Reports on military cantonments and civil stations in the Presidency of Bombay inspected by the Sanitary Commissioner in the years 1875 and 1876
Year: 1875
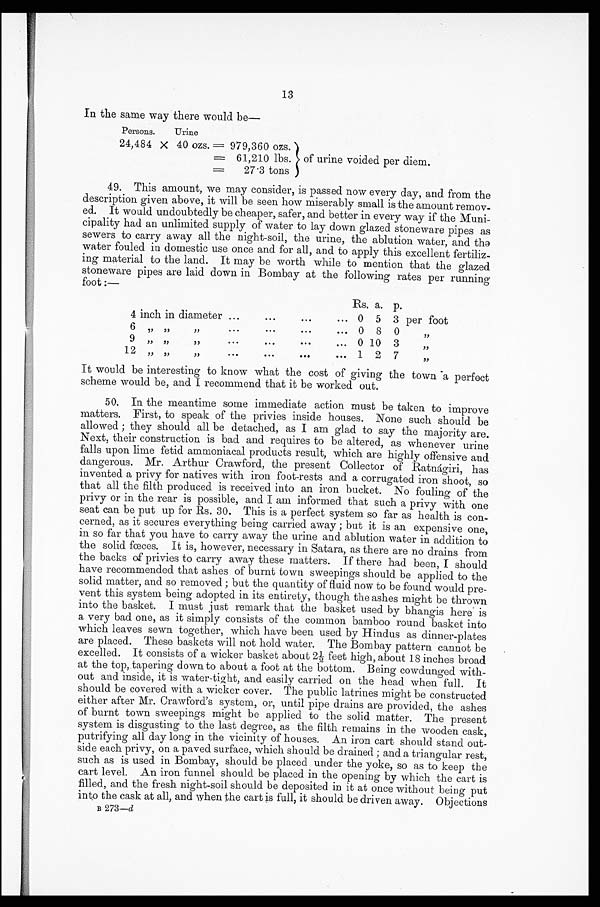
13
In the same way there would be—
Persons.
Urine
of urine voided per diem.
24,484
× 40 ozs. = 979,360 ozs.
61,210 lbs.
27.3 tons
49. This amount, we may consider, is passed now every day, and from the
description given above, it will be seen how miserably small is the amount remov
-
ed. It would undoubtedly be cheaper, safer, and better in every way if the Muni
-
cipality had an unlimited supply of water to lay down glazed stoneware pipes as
sewers to carry away all the night-soil, the urine, the ablution water, and the
water fouled in domestic use once and for all, and to apply this excellent fertiliz
-
ing material to the land. It may be worth while to mention that the glazed
stoneware pipes are laid down in Bombay at the following rates per running
foot:—
Rs. a. p.
4 inch in diameter . . . 0 5 3 per foot
6 " " "
. . . 0 8 0
"
9 " " " . . . 0 10 3
"
12 " " " . . . 1 2 7
"
It would be interesting to know what the cost of giving the town a perfect
scheme would be, and I recommend that it be worked out.
50. In the meantime some immediate action must be taken to improve
matters. First, to speak of the privies inside houses. None such should be
allowed; they should all be detached, as I am glad to say the majority are.
Next, their construction is bad and requires to be altered, as whenever urine
falls upon lime fetid ammoniacal products result, which are highly offensive and
dangerous. Mr. Arthur Crawford, the present Collector of Ratnágiri, has
invented a privy for natives with iron foot-rests and a corrugated iron shoot, so
that all the filth produced is received into an iron bucket. No fouling of the
privy or in the rear is possible, and I am informed that such a privy with one
seat can be put up for Rs. 30. This is a perfect system so far as health is con
-
cerned, as it secures everything being carried away; but it is an expensive one,
in so far that you have to carry away the urine and ablution water in addition to
the solid fœces. It is, however, necessary in Satara, as there are no drains from
the backs of privies to carry away these matters. If there had been, I should
have recommended that ashes of burnt town sweepings should be applied to the
solid matter, and so removed; but the quantity of fluid now to be found would pre
-
vent this system being adopted in its entirety, though the ashes might be thrown
into the basket. I must just remark that the basket used by bhangis here is
a very bad one, as it simply consists of the common bamboo round basket into
which leaves sewn together, which have been used by Hindus as dinner-plates
are placed. These baskets will not hold water. The Bombay pattern cannot be
excelled. It consists of a wicker basket about 2½ feet high, about 18 inches broad
at the top, tapering down to about a foot at the bottom. Being cowdunged with
-
out and inside, it is water-tight, and easily carried on the head when full. It
should be covered with a wicker cover. The public latrines might be constructed
either after Mr. Crawford's system, or, until pipe drains are provided, the ashes
of burnt town sweepings might be applied to the solid matter. The present
system is disgusting to the last degree, as the filth remains in the wooden cask,
putrifying all day long in the vicinity of houses. An iron cart should stand out
-
side each privy, on a paved surface, which should be drained; and a triangular rest,
such as is used in Bombay, should be placed under the yoke, so as to keep the
cart level. An iron funnel should be placed in the opening by which the cart is
filled, and the fresh night-soil should be deposited in it at once without being put
into the cask at all, and when the cart is full, it should be driven away. Objections
B 2 7 3 —
d